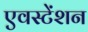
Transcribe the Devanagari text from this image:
एवस्टेंशन